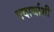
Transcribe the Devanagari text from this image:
पदार्थाशी